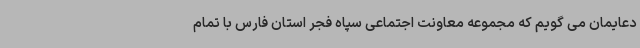
دعایمان می گویم که مجموعه معاونت اجتماعی سپاه فجر استان فارس با تمام